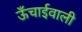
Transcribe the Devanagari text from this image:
ऊँचाईवाली